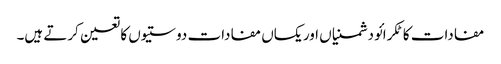
مفادات کا ٹکرائو دشمنیاں اور یکساں مفادات دوستیوں کا تعین کرتے ہیں۔